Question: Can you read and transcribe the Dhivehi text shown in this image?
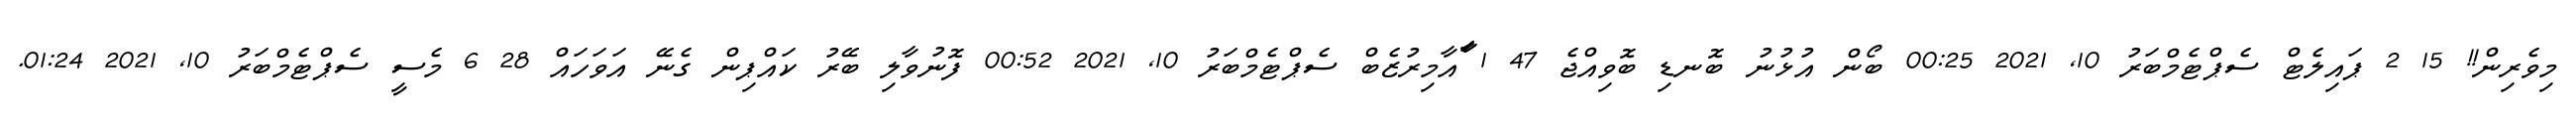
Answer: މިވެރިން!! 15 2 ޕައިލެޓް ސެޕްޓެމްބަރު 10, 2021 00:25 ބޯން އުޅުނު ބޮނޑި ބޮވިއްޖެ 47 1 ާަާއާމިރުޒެބް ސެޕްޓެމްބަރު 10, 2021 00:52 ފޮނުވާލި ބޭރު ކައްޕިން ގެނޭ އަވަހައް 28 6 މެސީ ސެޕްޓެމްބަރު 10, 2021 01:24.